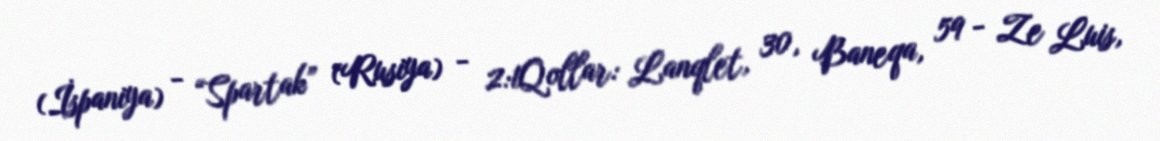
(İspaniya) - “Spartak” (Rusiya) - 2:1Qollar: Lanqlet, 30, Baneqa, 59 - Ze Luis,